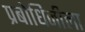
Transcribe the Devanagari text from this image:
प्रबोधिनीला